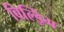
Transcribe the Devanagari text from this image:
बिल्ड़िंग